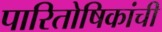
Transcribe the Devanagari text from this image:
पारितोषिकांची